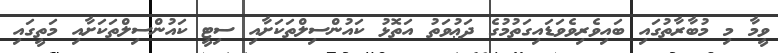
ވީމާ މި މުބާރާތުގައި ބައިވެރިވެވަޑައިގަތުމުގެ ދަޢުވަތު އަތޮޅު ކައުންސިލްތަކަށާއި ސިޓީ ކައުންސިލްތަކަށާއި މަތީގައި